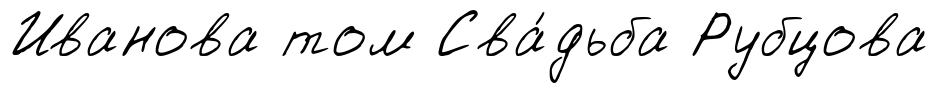
Иванова том Сва́дьба Рубцова